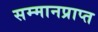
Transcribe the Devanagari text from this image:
सम्मानप्राप्त